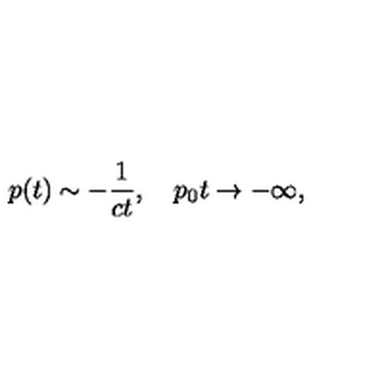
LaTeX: p ( t ) \sim - { \frac { 1 } { c t } } , \quad p _ { 0 } t \to - \infty ,